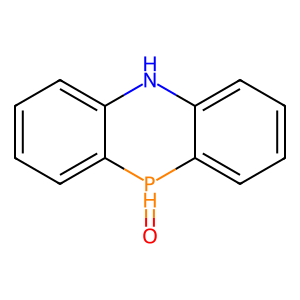
SMILES: O=[PH]1c2ccccc2Nc2ccccc21
Inhibits HIV replication: No